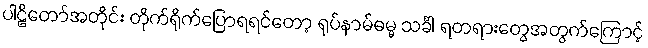
ပါဠိတော်အတိုင်း တိုက်ရိုက်ပြောရရင်တော့ ရုပ်နာမ်ဓမ္မ သင်္ခါ ရတရားတွေအတွက်ကြောင့်